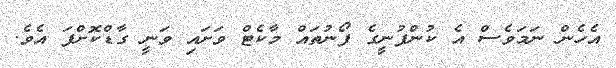
އެހެން ނަމަވެސް އެ ކުންފުނީގެ ފޯނުތައް މާކެޓް ވަށައި ވަނީ ގާޑްކޮށްފަ އެވެ.